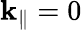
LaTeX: {\mathbf k}_{\parallel}=0